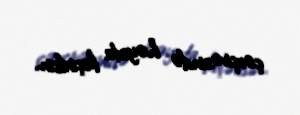
çərçivəsində həyata keçirilsin.